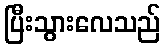
ပြီးသွားလေသည်